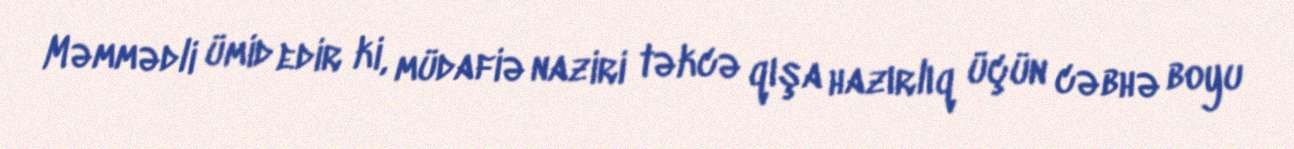
Məmmədli ümid edir ki, müdafiə naziri təkcə qışa hazırlıq üçün cəbhə boyu